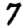
Digit: 7